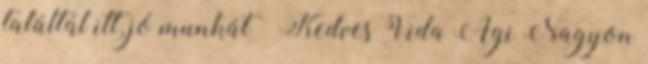
találtál itt, jó munkát 🙂 Kedves Vida Agi Nagyon